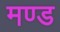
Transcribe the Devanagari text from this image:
मण्ड